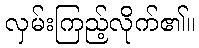
လှမ်းကြည့်လိုက်၏။